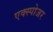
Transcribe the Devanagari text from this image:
एक्‍स्पोजर